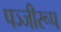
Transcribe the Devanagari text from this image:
पञ्जीरूप